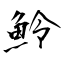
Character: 魿